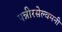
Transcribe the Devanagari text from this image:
पन्नीरसेल्वमनी